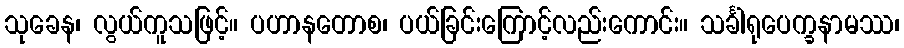
သုခေန၊ လွယ်ကူသဖြင့်။ ပဟာနတောစ၊ ပယ်ခြင်းကြောင့်လည်းကောင်း။ သင်္ခါရုပေက္ခနာမဿ၊